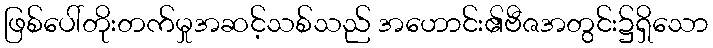
ဖြစ်ပေါ်တိုးတက်မှုအဆင့်သစ်သည် အဟောင်း၏ဗီဇအတွင်း၌ရှိသော